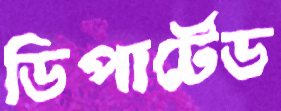
ডিপার্টেড